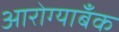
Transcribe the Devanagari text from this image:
आरोग्याबँक